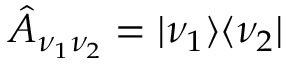
\hat { A } _ { \nu _ { 1 } \nu _ { 2 } } = | \nu _ { 1 } \rangle \langle \nu _ { 2 } |